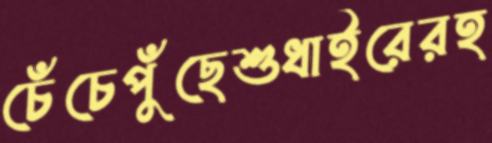
চেঁচেপুঁছেশুধাইরেরহ